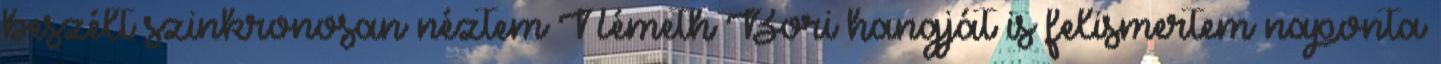
beszélt szinkronosan néztem Németh Bori hangját is felismertem naponta